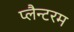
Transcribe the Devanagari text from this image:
प्लैन्टरम